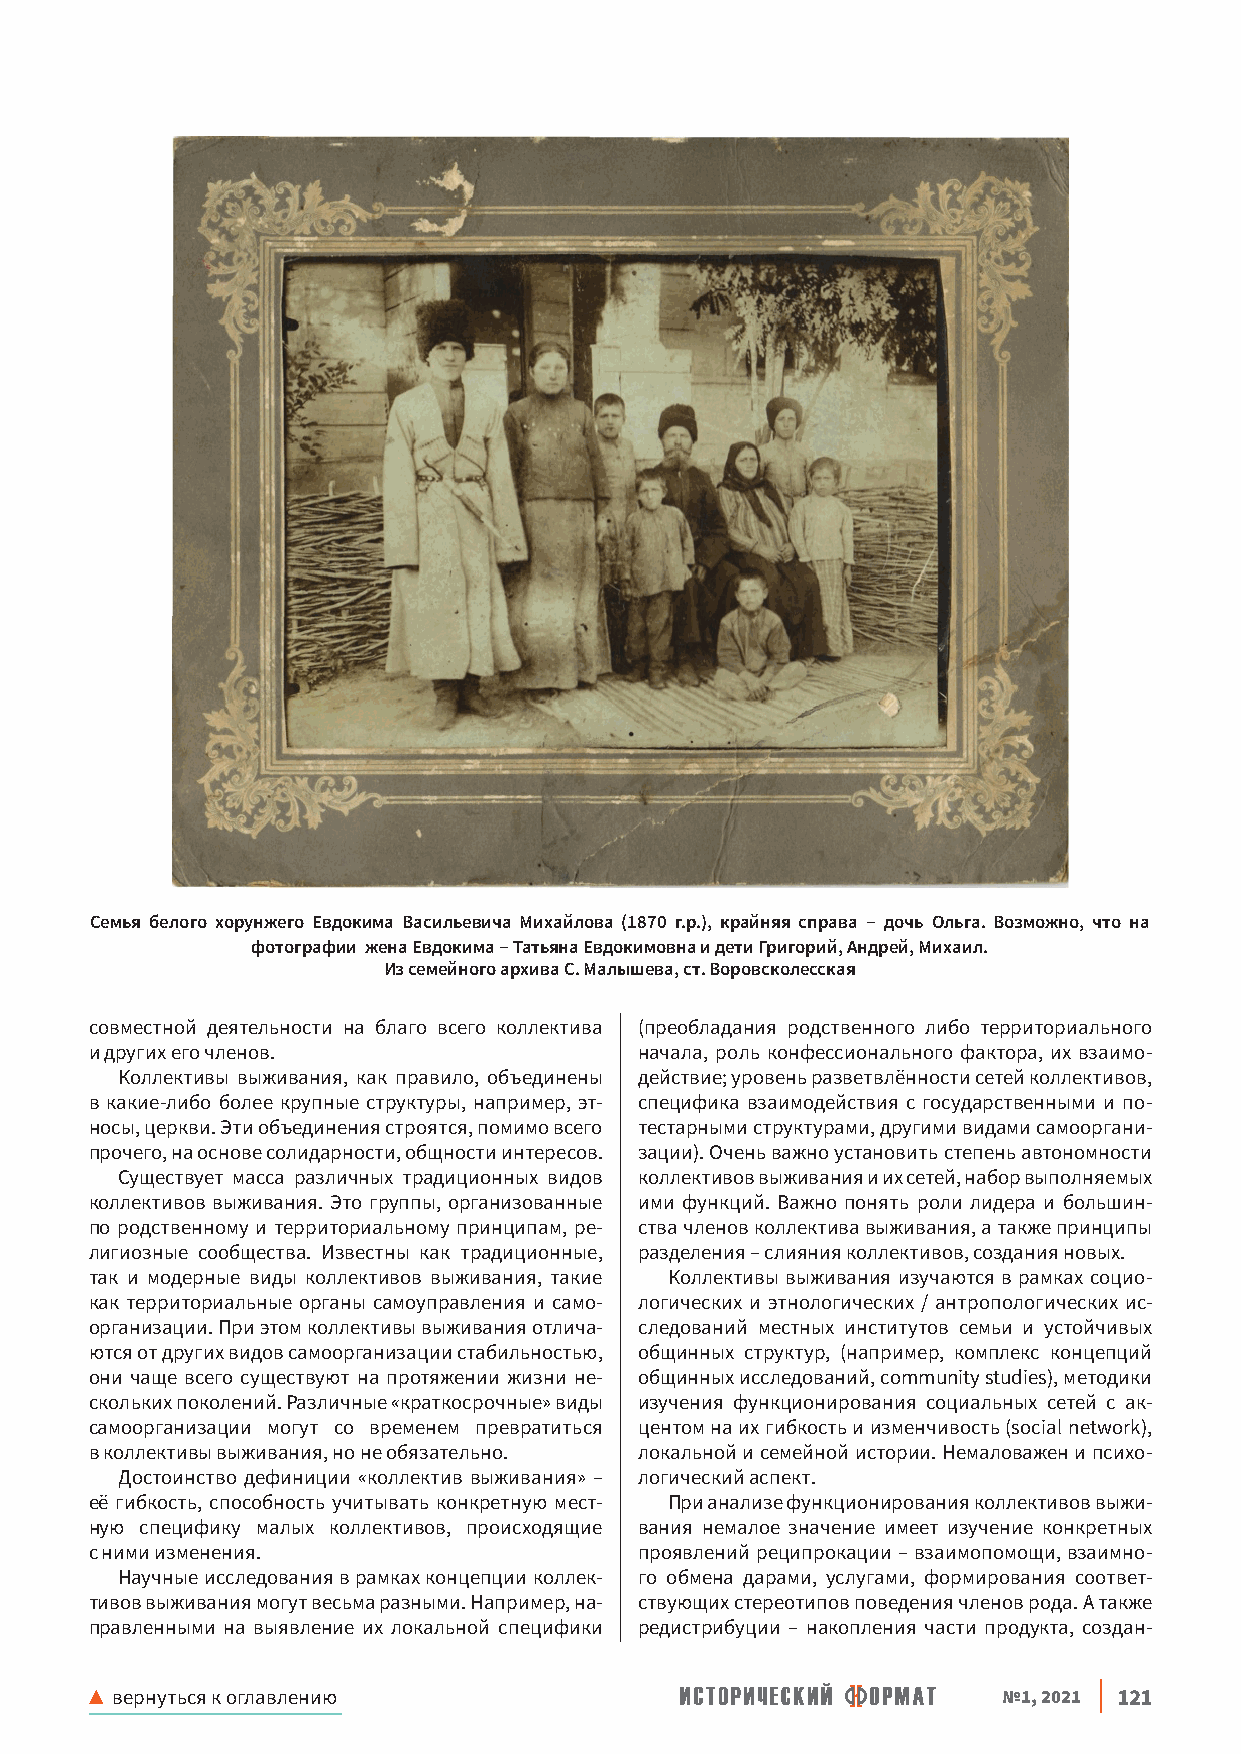
Семья белого хорунжего Евдокима Васильевича Михайлова (1870 г р ), крайняя справа – дочь Ольга Возможно, что на
 фотографии жена Евдокима – Татьяна Евдокимовна и дети Григорий, Андрей, Михаил
 Из семейного архива С Малышева, ст Воровсколесская
 совместной деятельности на благо всего коллектива (преобладания родственного либо территориального
 и других его членов.                начала, роль конфессионального фактора, их взаимо-
 Коллективы выживания, как правило, объединены действие; уровень разветвлённости сетей коллективов,
 в какие-либо более крупные структуры, например, эт- специфика взаимодействия с государственными и по-
 носы, церкви. Эти объединения строятся, помимо всего тестарными структурами, другими видами самооргани-
 прочего, на основе солидарности, общности интересов. зации). Очень важно установить степень автономности
 Существует масса различных традиционных видов коллективов выживания и их сетей, набор выполняемых
 коллективов выживания. Это группы, организованные ими функций. Важно понять роли лидера и большин-
 по родственному и территориальному принципам, ре- ства членов коллектива выживания, а также принципы
 лигиозные сообщества. Известны как традиционные, разделения – слияния коллективов, создания новых.
 так и модерные виды коллективов выживания, такие Коллективы выживания изучаются в рамках социо-
 как территориальные органы самоуправления и само- логических и этнологических / антропологических ис-
 организации. При этом коллективы выживания отлича- следований местных институтов семьи и устойчивых
 ются от других видов самоорганизации стабильностью, общинных структур, (например, комплекс концепций
 они чаще всего существуют на протяжении жизни не- общинных исследований, сommunity studies), методики
 скольких поколений. Различные «краткосрочные» виды изучения функционирования социальных сетей с ак-
 самоорганизации могут со временем превратиться центом на их гибкость и изменчивость (social network),
 в коллективы выживания, но не обязательно. локальной и семейной истории. Немаловажен и психо-
 Достоинство дефиниции «коллектив выживания» – логический аспект.
 её гибкость, способность учитывать конкретную мест- При анализе функционирования коллективов выжи-
 ную специфику малых коллективов, происходящие вания немалое значение имеет изучение конкретных
 с ними изменения.                   проявлений реципрокации – взаимопомощи, взаимно-
 Научные исследования в рамках концепции коллек- го обмена дарами, услугами, формирования соответ-
 тивов выживания могут весьма разными. Например, на- ствующих стереотипов поведения членов рода. А также
 правленными на выявление их локальной специфики редистрибуции – накопления части продукта, создан-
 ▲ вернуться к оглавлению                                    №1, 2021 121